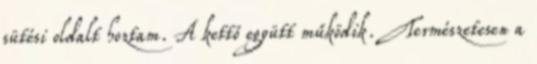
sütési oldalt hoztam. A kettő együtt működik. Természetesen a